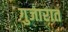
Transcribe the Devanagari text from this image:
गुजारात